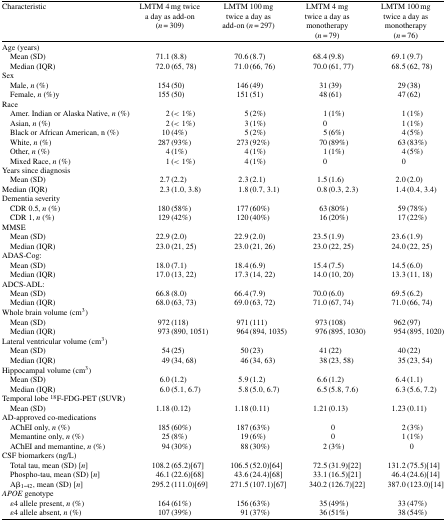
<table><thead><tr><td><b>Characteristic</b></td><td><b>LMTM 4 mg twice a day as add-on (<i>n</i> = 309)</b></td><td><b>LMTM 100 mg twice a day as add-on (<i>n</i> = 297)</b></td><td><b>LMTM 4 mg twice a day as monotherapy (<i>n</i> = 79)</b></td><td><b>LMTM 100 mg twice a day as monotherapy (<i>n</i> = 76)</b></td></tr></thead><tbody><tr><td>Age (years)</td></tr><tr><td>Mean (SD)</td><td>71.1 (8.8)</td><td>70.6 (8.7)</td><td>68.4 (9.8)</td><td>69.1 (9.7)</td></tr><tr><td>Median (IQR)</td><td>72.0 (65,78)</td><td>71.0 (66,76)</td><td>70.0 (61,77)</td><td>68.5 (62,78)</td></tr><tr><td>Sex</td></tr><tr><td>Male, <i>n</i> (%)</td><td>154 (50)</td><td>146 (49)</td><td>31 (39)</td><td>29 (38)</td></tr><tr><td>Female, <i>n</i> (%)y</td><td>155 (50)</td><td>151 (51)</td><td>48 (61)</td><td>47 (62)</td></tr><tr><td>Race</td></tr><tr><td>Amer. Indian or Alaska Native, <i>n</i> (%)</td><td>2(&lt;1%)</td><td>5 (2%)</td><td>1 (1%)</td><td>1 (1%)</td></tr><tr><td>Asian, <i>n</i> (%)</td><td>2(&lt;1%)</td><td>3 (1%)</td><td>0</td><td>1 (1%)</td></tr><tr><td>Black or African American, n (%)</td><td>10 (4%)</td><td>5 (2%)</td><td>5 (6%)</td><td>4 (5%)</td></tr><tr><td>White, <i>n</i> (%)</td><td>287 (93%)</td><td>273 (92%)</td><td>70 (89%)</td><td>63 (83%)</td></tr><tr><td>Other, <i>n</i> (%)</td><td>4 (1%)</td><td>4 (1%)</td><td>1 (1%)</td><td>4 (5%)</td></tr><tr><td>Mixed Race, <i>n</i> (%)</td><td>1(&lt;1%)</td><td>4 (1%)</td><td>0</td><td>0</td></tr><tr><td>Years since diagnosis</td></tr><tr><td>Mean (SD)</td><td>2.7 (2.2)</td><td>2.3 (2.1)</td><td>1.5 (1.6)</td><td>2.0 (2.0)</td></tr><tr><td>Median (IQR)</td><td>2.3 (1.0,3.8)</td><td>1.8 (0.7,3.1)</td><td>0.8 (0.3,2.3)</td><td>1.4 (0.4,3.4)</td></tr><tr><td>Dementia severity</td></tr><tr><td>CDR 0.5, <i>n</i> (%)</td><td>180 (58%)</td><td>177 (60%)</td><td>63 (80%)</td><td>59 (78%)</td></tr><tr><td>CDR 1, <i>n</i> (%)</td><td>129 (42%)</td><td>120 (40%)</td><td>16 (20%)</td><td>17 (22%)</td></tr><tr><td>MMSE</td></tr><tr><td>Mean (SD)</td><td>22.9 (2.0)</td><td>22.9 (2.0)</td><td>23.5 (1.9)</td><td>23.6 (1.9)</td></tr><tr><td>Median (IQR)</td><td>23.0 (21,25)</td><td>23.0 (21,26)</td><td>23.0 (22,25)</td><td>24.0 (22,25)</td></tr><tr><td>ADAS-Cog:</td></tr><tr><td>Mean (SD)</td><td>18.0 (7.1)</td><td>18.4 (6.9)</td><td>15.4 (7.5)</td><td>14.5 (6.0)</td></tr><tr><td>Median (IQR)</td><td>17.0 (13,22)</td><td>17.3 (14,22)</td><td>14.0 (10,20)</td><td>13.3 (11,18)</td></tr><tr><td>ADCS-ADL:</td></tr><tr><td>Mean (SD)</td><td>66.8 (8.0)</td><td>66.4 (7.9)</td><td>70.0 (6.0)</td><td>69.5 (6.2)</td></tr><tr><td>Median (IQR)</td><td>68.0 (63,73)</td><td>69.0 (63,72)</td><td>71.0 (67,74)</td><td>71.0 (66,74)</td></tr><tr><td>Whole brain volume (cm<sup>3</sup>)</td></tr><tr><td>Mean (SD)</td><td>972 (118)</td><td>971 (111)</td><td>973 (108)</td><td>962 (97)</td></tr><tr><td>Median (IQR)</td><td>973 (890,1051)</td><td>964 (894,1035)</td><td>976 (895,1030)</td><td>954 (895,1020)</td></tr><tr><td>Lateral ventricular volume (cm<sup>3</sup>)</td></tr><tr><td>Mean (SD)</td><td>54 (25)</td><td>50 (23)</td><td>41 (22)</td><td>40 (22)</td></tr><tr><td>Median (IQR)</td><td>49 (34,68)</td><td>46 (34,63)</td><td>38 (23,58)</td><td>35 (23,54)</td></tr><tr><td>Hippocampal volume (cm<sup>3</sup>)</td></tr><tr><td>Mean (SD)</td><td>6.0 (1.2)</td><td>5.9 (1.2)</td><td>6.6 (1.2)</td><td>6.4 (1.1)</td></tr><tr><td>Median (IQR)</td><td>6.0 (5.1,6.7)</td><td>5.8 (5.0,6.7)</td><td>6.5 (5.8,7.6)</td><td>6.3 (5.6,7.2)</td></tr><tr><td>Temporal lobe <sup>18</sup>F-FDG-PET (SUVR)</td></tr><tr><td>Mean (SD)</td><td>1.18 (0.12)</td><td>1.18 (0.11)</td><td>1.21 (0.13)</td><td>1.23 (0.11)</td></tr><tr><td>AD-approved co-medications</td></tr><tr><td>AChEI only, <i>n</i> (%)</td><td>185 (60%)</td><td>187 (63%)</td><td>0</td><td>2 (3%)</td></tr><tr><td>Memantine only, <i>n</i> (%)</td><td>25 (8%)</td><td>19 (6%)</td><td>0</td><td>1 (1%)</td></tr><tr><td>AChEI and memantine, <i>n</i> (%)</td><td>94 (30%)</td><td>88 (30%)</td><td>2 (3%)</td><td>0</td></tr><tr><td>CSF biomarkers (ng/L)</td></tr><tr><td>Total tau, mean (SD) [<i>n</i>]</td><td>108.2 (65.2) [67]</td><td>106.5 (52.0) [64]</td><td>72.5 (31.9) [22]</td><td>131.2 (75.5) [14]</td></tr><tr><td>Phospho-tau, mean (SD) [<i>n</i>]</td><td>46.1 (22.6) [68]</td><td>43.6 (24.4) [68]</td><td>33.1 (16.5) [21]</td><td>46.4 (24.6) [14]</td></tr><tr><td>Aβ<sub>1 - 42</sub>, mean (SD) [<i>n</i>]</td><td>295.2 (111.0) [69]</td><td>271.5 (107.1) [67]</td><td>340.2 (126.7) [22]</td><td>387.0 (123.0) [14]</td></tr><tr><td><i>APOE</i> genotype</td></tr><tr><td><i>ɛ</i>4 allele present, <i>n</i> (%)</td><td>164 (61%)</td><td>156 (63%)</td><td>35 (49%)</td><td>33 (47%)</td></tr><tr><td><i>ɛ</i>4 allele absent, <i>n</i> (%)</td><td>107 (39%)</td><td>91 (37%)</td><td>36 (51%)</td><td>38 (54%)</td></tr></tbody></table>